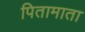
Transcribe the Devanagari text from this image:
पितामाता